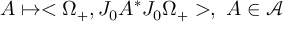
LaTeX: A \mapsto < \Omega _ { + } , J _ { 0 } A ^ { \ast } J _ { 0 } \Omega _ { + } > , \, \, A \in \mathcal { A }